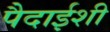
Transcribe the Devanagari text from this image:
पैदाईशी